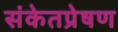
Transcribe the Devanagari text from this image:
संकेतप्रेषण